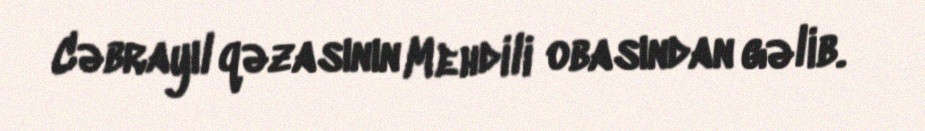
Cəbrayıl qəzasının Mehdili obasından gəlib.